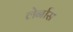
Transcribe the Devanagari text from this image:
लेर्नास